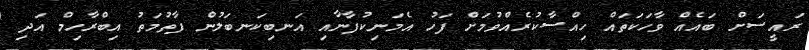
ރައީސަށް ބައެއް ވާހަކަތައް ހިއްސާކުރެއްވުމަށް ފަހު އެމަނިކުފާނާއި އަނބިކަނބަލުން ފާތުމަތު އިބްރާހިމް އަދި